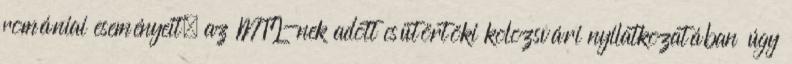
romániai eseményeit; az MTI-nek adott csütörtöki kolozsvári nyilatkozatában úgy